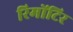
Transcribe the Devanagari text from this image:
रिमोंटिर